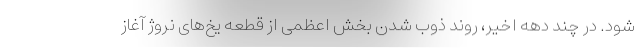
شود. در چند دهه اخیر، روند ذوب شدن بخش اعظمی از قطعه یخ‌های نروژ آغاز